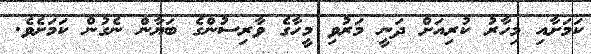
ކަމަށާއި މިހާރު ކުރިއަށް ދަނީ މަރުވި މީހާގެ ވާރިސުންގެ ބަޔާން ނެގުން ކަމަށެވެ.